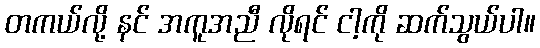
တကယ်လို့ နင် အကူအညီ လိုရင် ငါ့ကို ဆက်သွယ်ပါ။